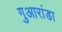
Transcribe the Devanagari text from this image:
गुआरांडा